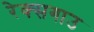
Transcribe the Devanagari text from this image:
रेक्सगाउ